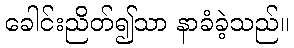
ခေါင်းညိတ်၍သာ နာခံခဲ့သည်။